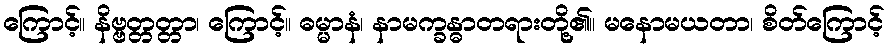
ကြောင့်။ နိဗ္ဗတ္တတ္တာ၊ ကြောင့်။ ဓမ္မာနံ၊ နာမက္ခန္ဓာတရားတို့၏။ မနောမယတာ၊ စိတ်ကြောင့်